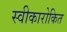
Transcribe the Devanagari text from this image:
स्वीकारोकित